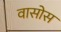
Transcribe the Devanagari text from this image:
वासोस